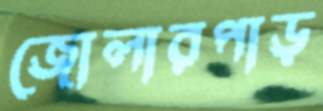
জোলারপাড়